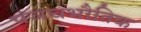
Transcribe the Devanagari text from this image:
पंञचभौतिक